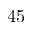
4 5